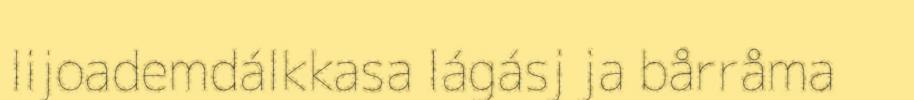
lijoademdálkkasa lágásj ja bårråma